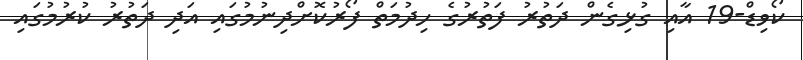
ކޯވިޑް-19 އާއި ގުޅިގެން ދަތުރު ފަތުރުގެ ހިދުމަތް ފޯރުކޮށްދިނުމުގައި އަދި ދަތުރު ކުރުމުގައި